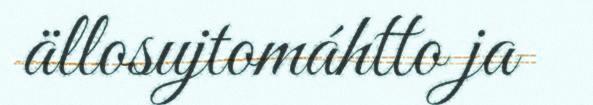
ällosujtomáhtto ja